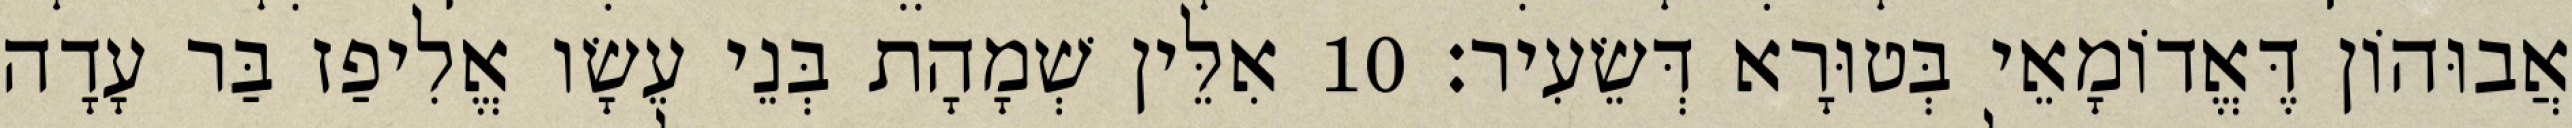
אֲבוּהוֹן דֶּאֱדוֹמָאֵי בְּטוּרָא דְּשֵׂעִיר׃ 10 אִלֵּין שְׁמָהָת בְּנֵי עֵשָׂו אֱלִיפַז בַּר עָדָה